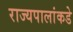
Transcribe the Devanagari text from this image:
राज्यपालांकडे